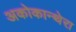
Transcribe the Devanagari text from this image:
अकोकान्थेरा